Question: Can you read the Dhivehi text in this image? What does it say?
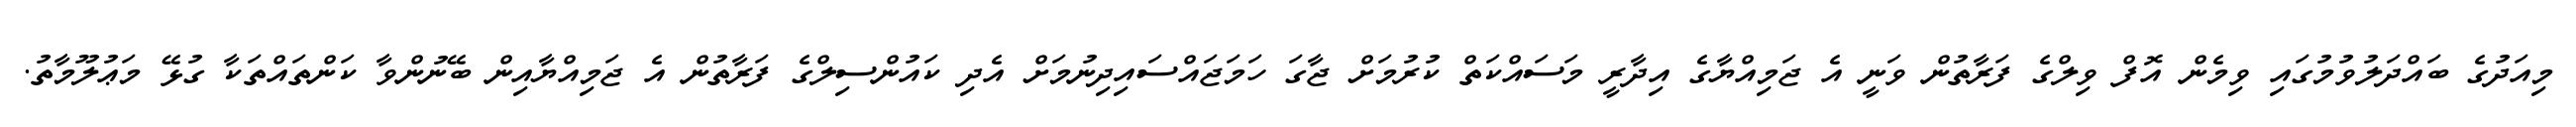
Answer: މިއަދުގެ ބައްދަލުވުމުގައި ވިމެން އޮފް ވިލްގެ ފަރާތުން ވަނީ އެ ޖަމިއްޔާގެ އިދާރީ މަސައްކަތް ކުރުމަށް ޖާގަ ހަމަޖައްސައިދިނުމަށް އެދި ކައުންސިލްގެ ފަރާތުން އެ ޖަމިއްޔާއިން ބޭނުންވާ ކަންތައްތަކާ ގުޅޭ މަޢުލޫމާތު.